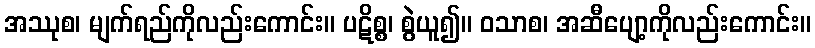
အဿုစ၊ မျက်ရည်ကိုလည်းကောင်း။ ပဋိစ္စ၊ စွဲယူ၍။ ဝသာစ၊ အဆီပျော့ကိုလည်းကောင်း။